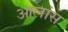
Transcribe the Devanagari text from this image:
आलांस